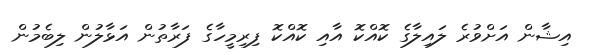
އިޝާން އަށްވުރެ ލައިލާގެ ކޮއްކޮ އާއި ކޮއްކޮ ފިރިމީހާގެ ފަރާތުން އަޅާލުން ލިބެމުން